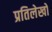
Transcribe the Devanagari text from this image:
प्रतिलेखों